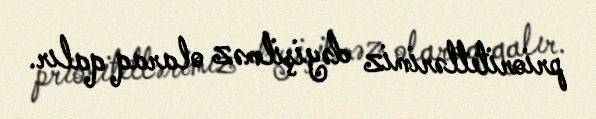
prioritetlərimiz dəyişilməz olaraq qalır.